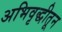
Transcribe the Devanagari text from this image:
अभिवृद्धीतून